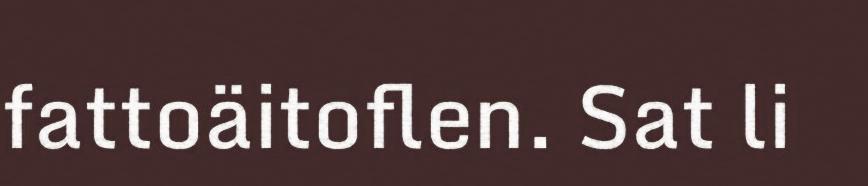
fattoäitoflen. Sat li